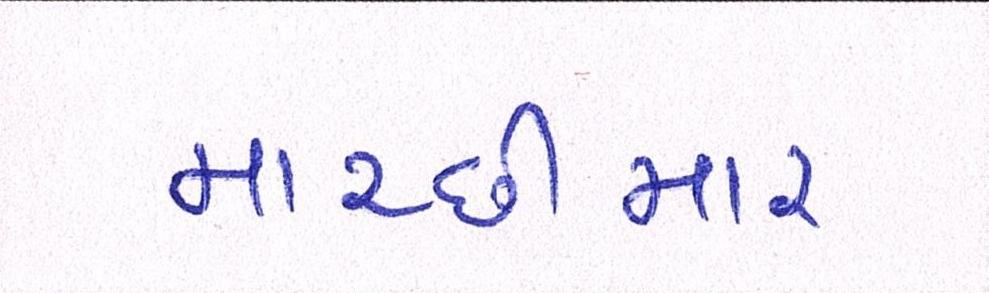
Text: માચ્છીમાર